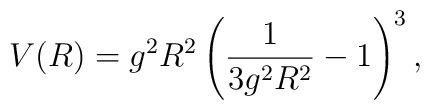
V(R) = g^2R^2\left(\frac{1}{3g^2R^2} - 1\right)^3,